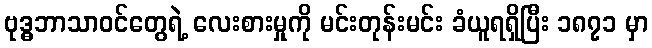
ဗုဒ္ဓဘာသာဝင်တွေရဲ့ လေးစားမှုကို မင်းတုန်းမင်း ခံယူရရှိပြီး ၁၈၇၁ မှာ